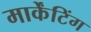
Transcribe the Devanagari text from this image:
मार्केंटिंग